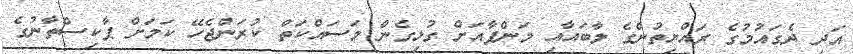
އަދި ދެގައުމުގެ ރައްޔިތުންގެ ލާބައާއި މަންފާއަށް ގުޅިގެން މަސައްކަތް ކުރަންޖެހޭ ކަމަށް ޕާކިސްތާނުގެ